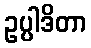
ဥပ္ပါဒိတာ